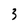
Character: 3